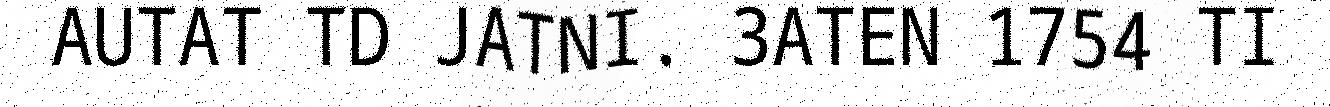
AUTAT TD JATNI. 3ATEN 1754 TI